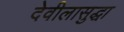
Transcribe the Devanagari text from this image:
देवीलासुद्धा